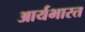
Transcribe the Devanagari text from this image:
आर्यभारत